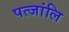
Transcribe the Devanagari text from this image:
पत्जांलि